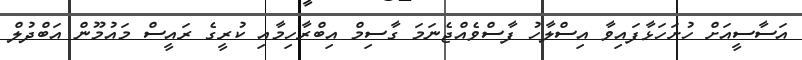
އަސާސީއަށް ހުށަހަޅާފައިވާ އިސްލާހު ފާސްވެއްޖެނަމަ ގާސިމް އިބްރާހިމާއި ކުރީގެ ރައީސް މައުމޫން އަބްދުލް